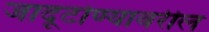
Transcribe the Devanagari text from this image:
जादूटोण्यावरील